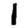
Digit: 1